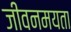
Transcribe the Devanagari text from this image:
जीवनमयता